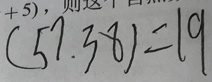
( 5 7 , 3 8 ) = 1 9